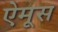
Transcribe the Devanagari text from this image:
ऐमूस